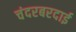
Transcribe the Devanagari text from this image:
चंदरबरदाई